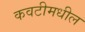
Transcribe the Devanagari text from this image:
कवटीमधील